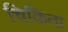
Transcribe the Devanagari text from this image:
चिकिता